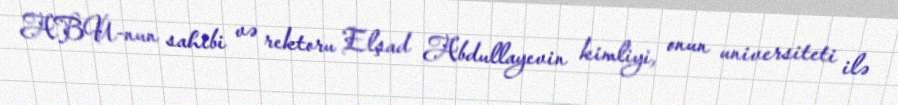
ABU-nun sahibi və rektoru Elşad Abdullayevin kimliyi, onun universiteti ilə